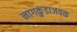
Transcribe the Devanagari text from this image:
नागकुंडाजवळ